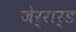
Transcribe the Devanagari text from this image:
जेर्रार्ड